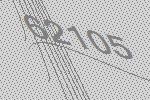
62105